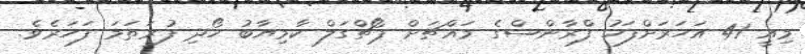
މިއީ 41 އަހަރަށްފަހު ފްރާންސްގެ މައްޗަށް ޕޯޗްގަލް ކާމިޔާބު ހޯދި ފުރަތަމަ ފަހަރެވެ.